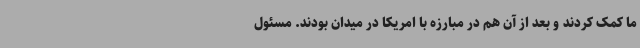
ما کمک کردند و بعد از آن هم در مبارزه با امریکا در میدان بودند. مسئول